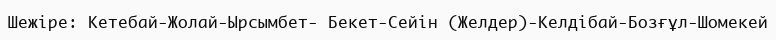
Шежіре: Кетебай-Жолай-Ырсымбет- Бекет-Сейін (Желдер)-Келдібай-Бозғұл-Шомекей